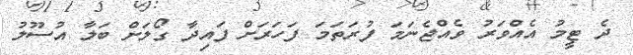
ދެ ޓީމު އެއްވަރު ވެއްޖެނަމަ ފުރަތަމަ ފަހަރަށް ފައިދާ ގޯލަށް ބަލާ އުސޫލު